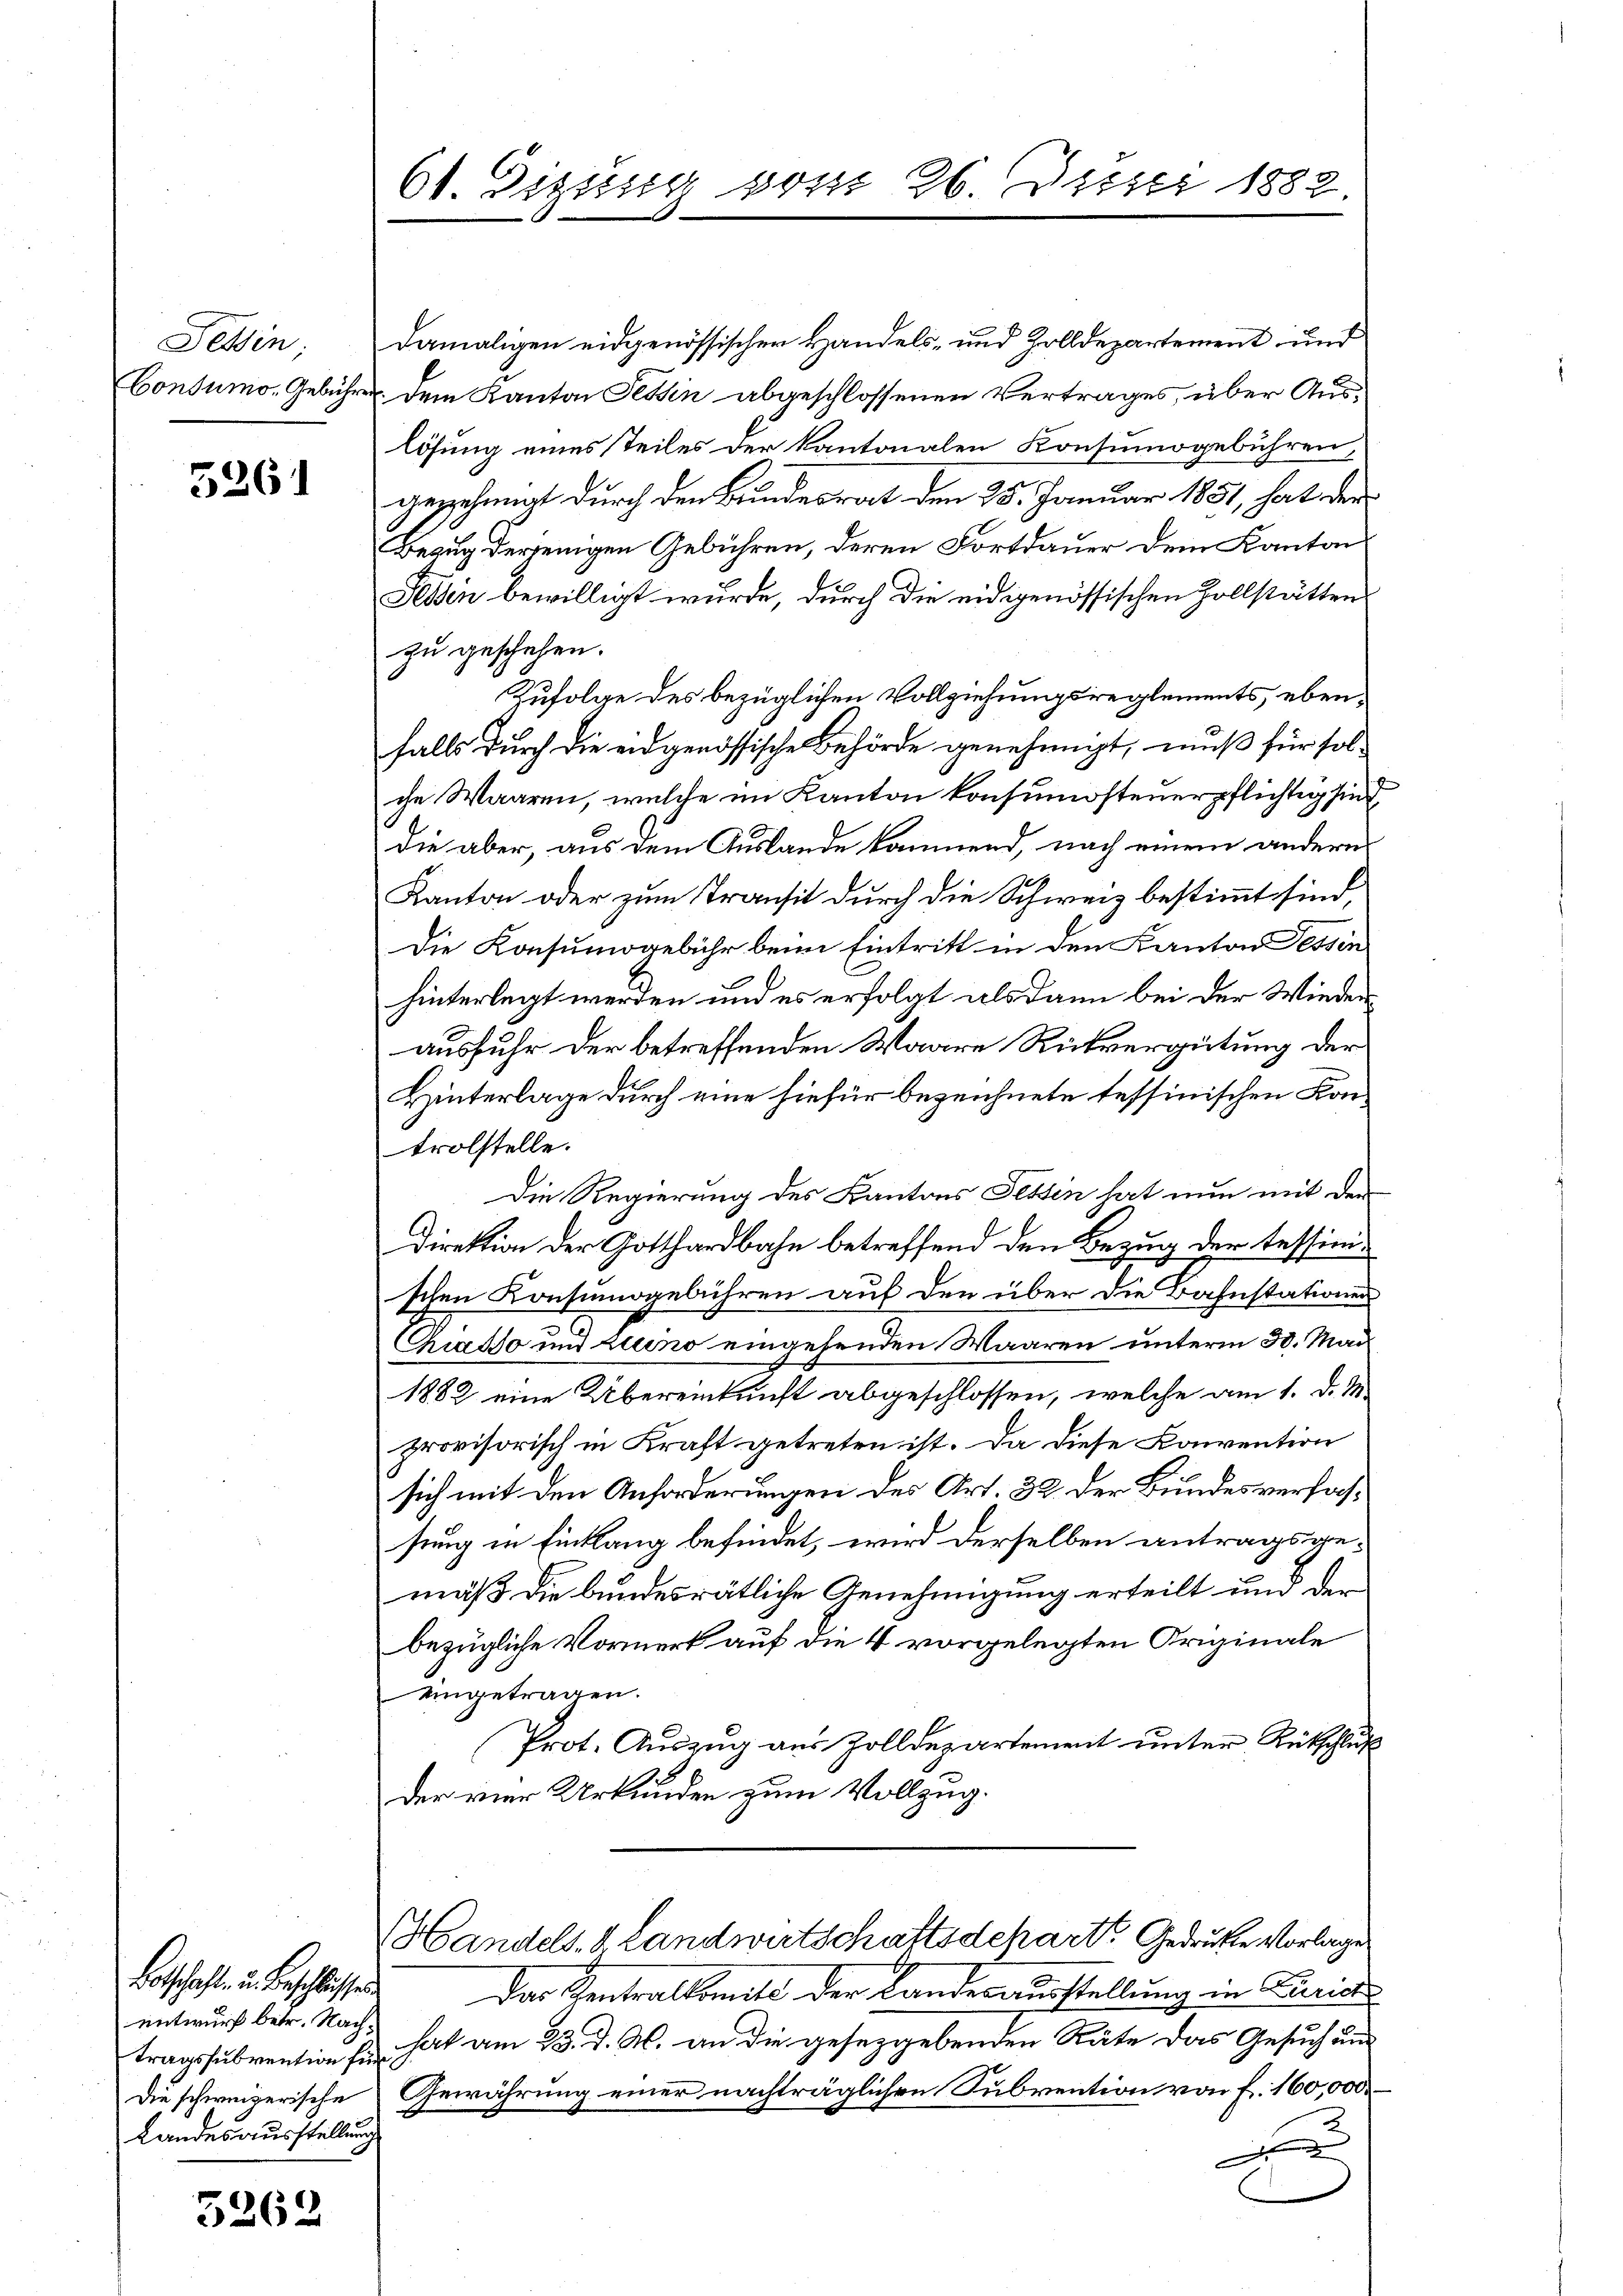
Tessin;
Consumo-Gebühre

5261

Botschaft, u. Beschlusses.
entwurf betr. Nachtragssubvention für
Landesausstellung

5262

61. Digung vom 26. Juni 1882.

damaligen eidgenössischer Handels- und Zolldepartement und
. dem Kanton Tessin abgeschlossenen Vertrages, über Auslösung eines Teiles der kantonalen Konsumogebühren,
gezehnnat durch den Bundesrat den 25. Januar 1851, hat der
Bezug derjenigen Gebühren, deren Fortdauer dem Kanton
Fessen bewilligt wurde, durch die eidgenössischen Zollstätten
zu geschehen.
Zufolge des bezüglichen Vollziehungsreglements, ebenfalls durch die eidgenössische Behörde genehmigt, muß für sol-
che Waaren, welche im Kanton konsumosteuerpflichtig sind
die aber, aus dem Auslande kommend, nach einem andern
Kanton oder zum Transit durch die Schweiz bestimmt sind,
Die Konsumogebühr beim Eintritt in den Kanton Tessin
hinterlegt werden und es erfolgt als dann bei der Wiederausfuhr der betreffenden Waare Rückvergütung der
Hinterlage durch eine hiefür bezeichnete tessinischen Kontrolstelle.
Die Regierung des Kantons Tessin hat nun mit der
Direktion der Gotthardbahn betreffend den Bezug der tessionschen Konsumsgebühren auf den über die Bahnstationen
Chiasso und Luino eingehenden Waaren unterm 30. Mai
1882 eine Übereinkunft abgeschlossen, welche am 1. d. M.
provisorisch in Kraft getreten ist. Da diese Konvention
sich mit den Anforderungen des Art. 32. der Bundesverfahsung in Einklang befindet, wird derselben antragsgemäß die bundesrätliche Genehmigung erteilt und der
bezügliche Vormerk auf die 4 vorgelegten Originale
eingetragen.
Prot. Auszug aus Zolldepartement unter Rückschluß
der vier Urkunden zum Vollzug.

Handels- & Landwirtschaftsdepart Gedruckte Vorlage

Das Zentralkomite der Landesausstellung in Zürich
hat am 23. d. M. an die geseggebenden Räte das Gesuch und
Die schweizerische Gewährung einer nachträglichen Subvention von F. 160,000
x